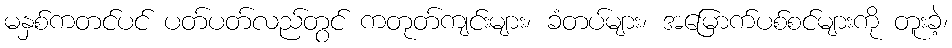
မနှစ်ကတင်ပင် ပတ်ပတ်လည်တွင် ကတုတ်ကျင်းများ၊ ခံတပ်များ၊ အမြောက်ပစ်စင်များကို တူးခဲ့၊